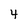
Character: 4